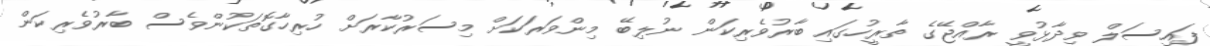
ފައިސަލް ވިދާޅުވީ ރާއްޖޭގެ ތާރީހުގައި ބާރުވެރިކަން ނުލިބޭ މިންވަރަކަށް މިސަރުކާރަށް ހުރިހާގޮތަކުންވެސް ބާރުވެރިކަން